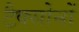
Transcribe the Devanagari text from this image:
टैक्सोनों